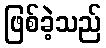
ဖြစ်ခဲ့သည်